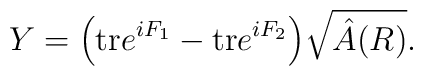
Y = \Big({\rm tr} e^{iF_1} - {\rm tr} e^{iF_2}\Big)\sqrt{\hat A(R)}.